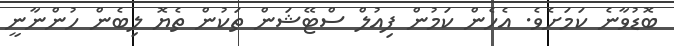
ބޮޑުވާނެ ކަމަށެވެ. އެހެން ކަމުން ފިއުލް ސްޓޭޝަން ތަކުން ތެޔޮ ލިބެން ހުންނާނީ